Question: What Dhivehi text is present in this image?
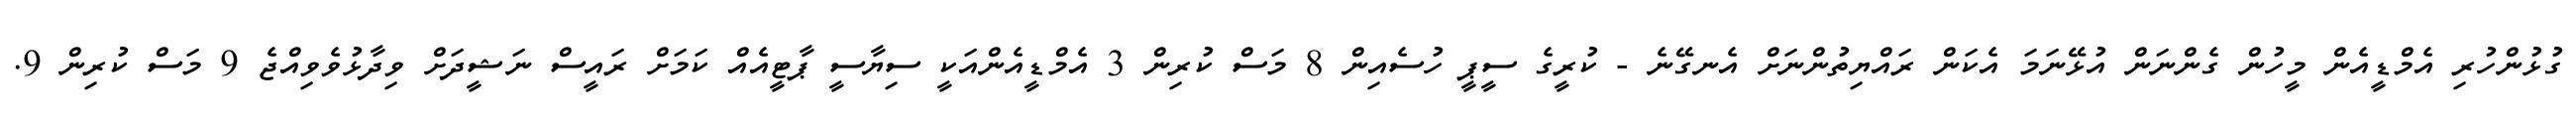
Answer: ގުޅުންހުރި އެމްޑީއެން މީހުން ގެންނަން އުޅޭނަމަ އެކަން ރައްޔިތުންނަށް އެނގޭނެ - ކުރީގެ ސީޕީ ހުސެއިން 8 މަސް ކުރިން 3 އެމްޑީއެންއަކީ ސިޔާސީ ޕާޓީއެއް ކަމަށް ރައީސް ނަޝީދަށް ވިދާޅުވެވިއްޖެ 9 މަސް ކުރިން 9.